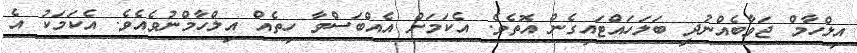
އިލްހާމް ޖަވާބެއްނުދީ ބަލަހައްޓައިގެން އޮތެވެ. އެކަމަށް އެއްބަސްވާ ހިތެއް އިލްހާމްނުވެއެވެ. އެކަމަކު އެ